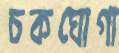
চকঘোগা